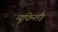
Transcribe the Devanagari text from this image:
न्यूफिन्लैंड